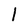
Character: 1